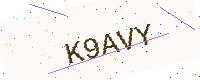
Text: K9AVY